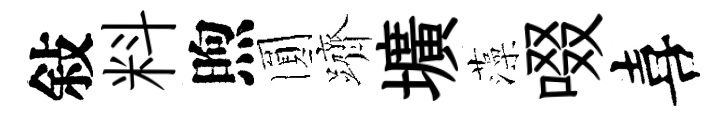
敍料煦圎躋壙藻啜喜